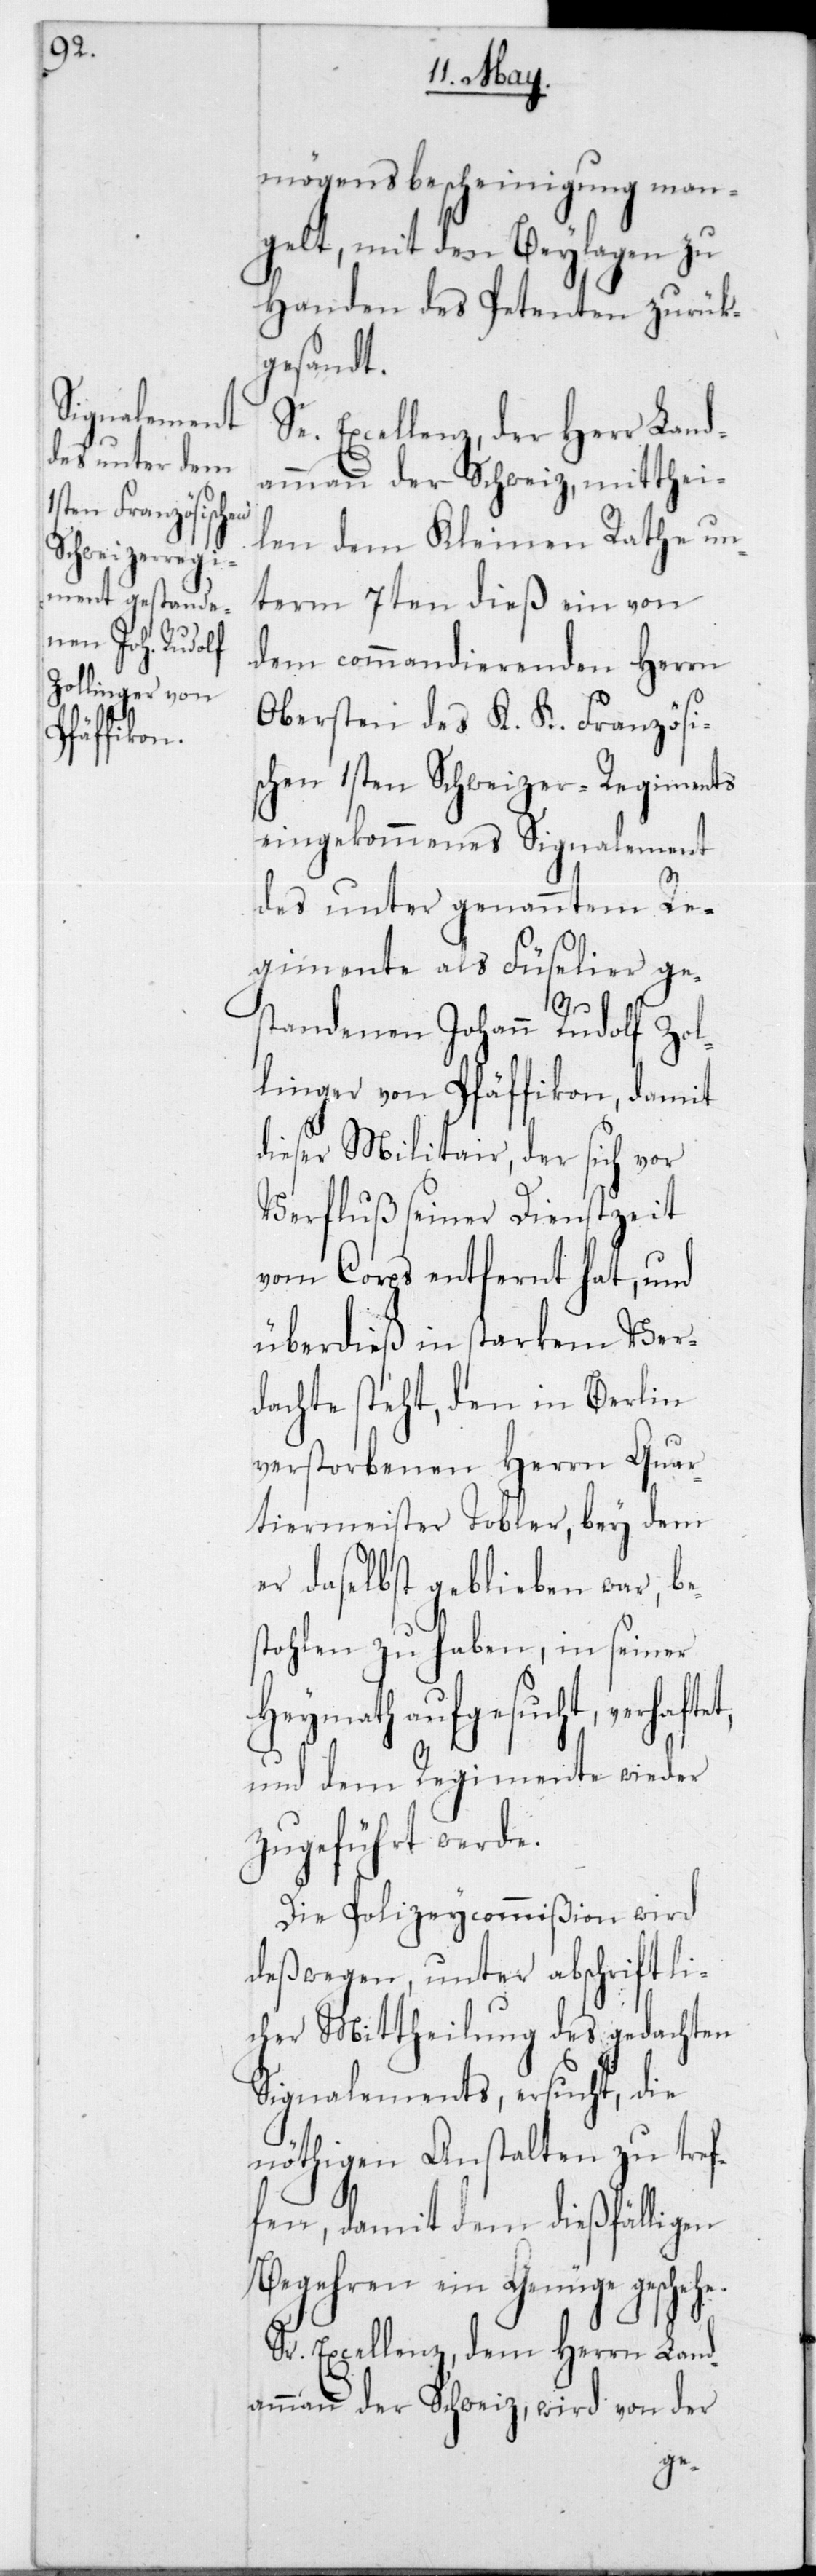
mögensbescheinigung man¬
gelt, mit den Beylagen zu
Handen des Petenten zurück¬
gesandt.
Se. Excellenz, der Herr Land¬
ammann der Schweiz, mitthei¬
len dem Kleinen Rathe un¬
term 7ten dieß, ein von
dem commandierenden Herrn
Obersten des K. K. Französi¬
schen 1sten Schweizer-Regiments
eingekommenes Signalement
des unter genanntem Re¬
gimente als Füselier ges¬
t,
tandenen Johann Rudolf Zol¬
linger von Pfäffikon, damit
dieser Militair, der sich vor
Verfluß seiner Dienstzeit
vom Corps entfernt hat, und
überdieß in starkem Ver¬
dachte steht, den in Berlin
verstorbenen Herrn Quar¬
tiermeister Tobler, bey dem
er daselbst geblieben war, bes¬
tohlen zu haben, in seiner
Heymath aufgesucht, verhafte¬
und dem Regimente wieder
zugeführt werde.
Die Polizeycommißion wird
deßwegen, unter abschriftli¬
cher Mittheilung des gedachten
Signalements, ersucht, die
nöthigen Anstalten zu tref¬
fen, damit dem dießfälligen
Begehren ein Genüge geschehe.
Sr. Excellenz, dem Herrn Land¬
ammann der Schweiz, wird von der